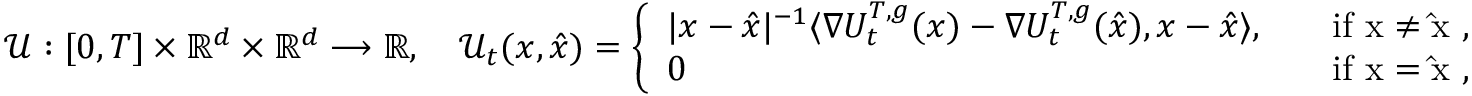
\mathcal { U } : [ 0 , T ] \times \mathbb { R } ^ { d } \times \mathbb { R } ^ { d } \longrightarrow \mathbb { R } , \quad \mathcal { U } _ { t } ( x , \hat { x } ) = \left\{ \begin{array} { l l } { | x - \hat { x } | ^ { - 1 } \langle \nabla U _ { t } ^ { { T } , { g } } ( x ) - \nabla U _ { t } ^ { { T } , { g } } ( \hat { x } ) , x - \hat { x } \rangle , \quad } & { \mathrm { i f ~ x \neq \hat { x } ~ , } } \\ { 0 \quad } & { \mathrm { i f ~ x = \hat { x } ~ , } } \end{array} \right.